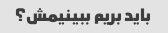
باید بریم ببینیمش؟